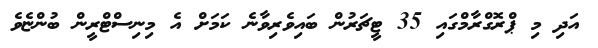
އަދި މި ޕްރޮގްރާމްގައި 35 ޓީޗަރުން ބައިވެރިވާނެ ކަމަށް އެ މިނިސްޓްރީން ބުންޏެވެ